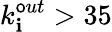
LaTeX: k_{\mathbf{i}}^{\mathsf{o}ut}>35